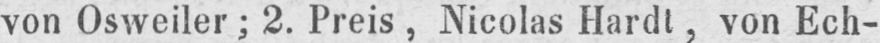
von Osweiler; 2. Preis, Nicolas Hardt, von Ech-